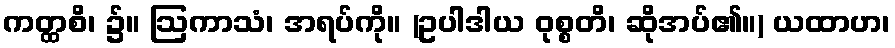
ကတ္ထစိ၊ ၌။ ဩကာသံ၊ အရပ်ကို။ (ဥပါဒါယ ဝုစ္စတိ၊ ဆိုအပ်၏။) ယထာဟ၊